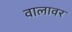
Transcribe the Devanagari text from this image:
वालावर